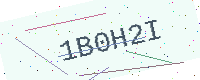
Text: 1B0H2I